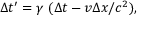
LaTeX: \Delta t ^ { \prime } = \gamma \ ( \Delta t - v \Delta x / c ^ { 2 } ) ,